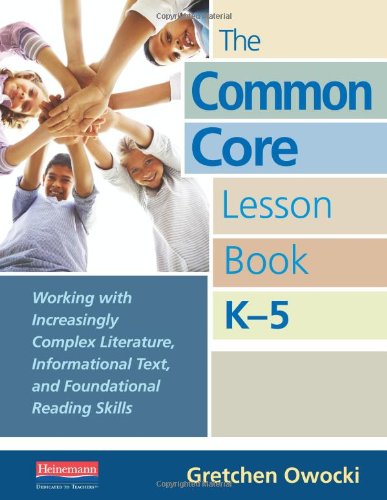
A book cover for The Common Core Lesson Book, K-5: Working with Increasingly Complex Literature, Informational Text, and Foundational Reading Skills; Gretchen Owocki; Education & Teaching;